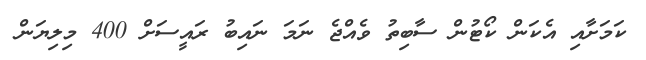
ކަމަށާއި އެކަން ކޯޓުން ސާބިތު ވެއްޖެ ނަމަ ނައިބު ރައީސަށް 400 މިލިޔަން